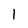
Character: l